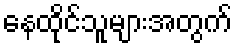
နေထိုင်သူများအတွက်